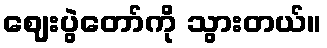
ဈေးပွဲတော်ကို သွားတယ်။